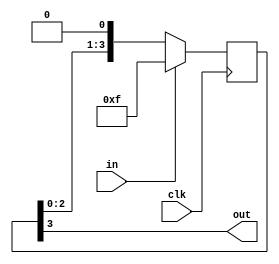
/*
   Parameters:
     STAGES = 4
*/
module reset_conditioner (
    input clk,
    input in,
    output reg out
  );
  
  localparam STAGES = 3'h4;
  
  
  reg [3:0] M_stage_d, M_stage_q = 4'hf;
  
  always @* begin
    M_stage_d = M_stage_q;
    
    M_stage_d = {M_stage_q[0+2-:3], 1'h0};
    out = M_stage_q[3+0-:1];
  end
  
  always @(posedge clk) begin
    if (in == 1'b1) begin
      M_stage_q <= 4'hf;
    end else begin
      M_stage_q <= M_stage_d;
    end
  end
  
endmodule